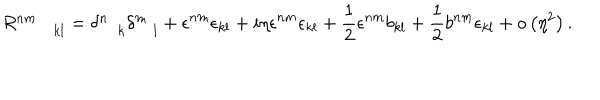
R _ { \qquad k l } ^ { n m } = \delta _ { \quad k } ^ { n } \delta _ { \quad l } ^ { m } + \epsilon ^ { n m } \epsilon _ { k l } + i \eta \epsilon ^ { n m } \epsilon _ { k l } + \frac { 1 } { 2 } \epsilon ^ { n m } b _ { k l } + \frac { 1 } { 2 } b ^ { n m } \epsilon _ { k l } + o \left( \eta ^ { 2 } \right) .